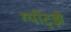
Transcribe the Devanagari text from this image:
ग्योट्झे